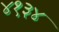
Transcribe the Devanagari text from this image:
४१३४